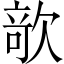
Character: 𣣱